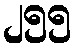
၂၅၅